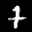
Digit: 7